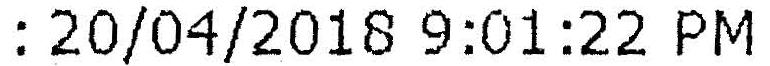
: 20/04/2018 9:01:22 PM